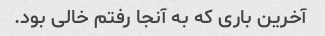
آخرین باری که به آنجا رفتم خالی بود.